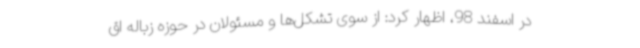
در اسفند 98، اظهار کرد: از سوی تشکل‌ها و مسئولان در حوزه زباله اق